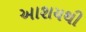
આશયથી